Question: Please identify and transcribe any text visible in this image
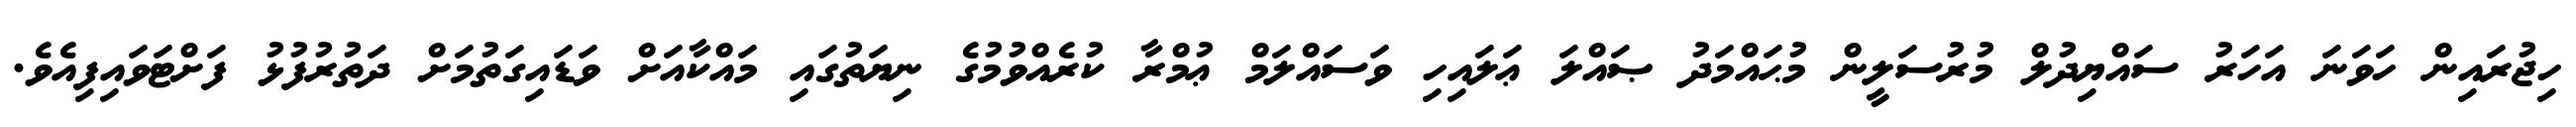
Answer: ހިޖުރައިން ހަވަނަ އަހަރު ސައްޔިދުލް މުރުސަލީން މުޙައްމަދު ޞައްލަ ޢަލައިހި ވަސައްލަމް ޢުމްރާ ކުރެއްވުމުގެ ނިޔަތުގައި މައްކާއަށް ވަޑައިގަތުމަށް ދަތުރުފުޅު ފަށްޓަވައިފިއެވެ.